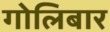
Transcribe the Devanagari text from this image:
गोलिबार